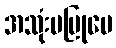
အသုံးမပြုပေ